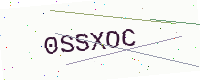
Text: 0SSXOC